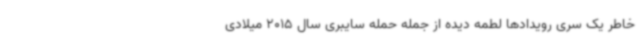
خاطر یک سری رویدادها لطمه دیده از جمله حمله سایبری سال 2015 میلادی